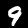
Digit: 9